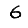
Digit: 6